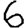
Digit: 6